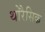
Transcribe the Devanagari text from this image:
थोरैसिक